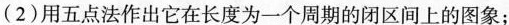
(2)用五点法作出它在长度为一个周期的闭区间上的图象；